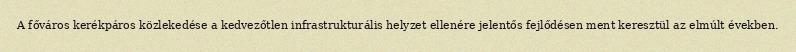
A főváros kerékpáros közlekedése a kedvezőtlen infrastrukturális helyzet ellenére jelentős fejlődésen ment keresztül az elmúlt években.